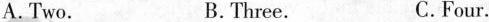
A. Two. B. Three. C. Four.